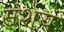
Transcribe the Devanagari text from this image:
संशयं